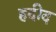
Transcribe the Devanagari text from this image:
हदीद